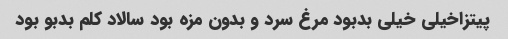
پیتزاخیلی خیلی بدبود مرغ سرد و بدون مزه بود سالاد کلم بدبو بود